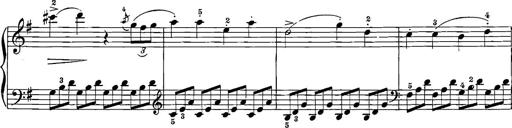
Title: 12 Sonatinas
Composer: Ignaz Pleyel